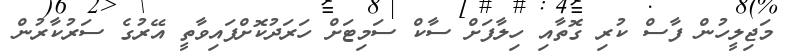
މަޖިލީހުން ފާސް ކުރި ގޮތާއި ހިލާފަށް ސާކް ސަމިޓަށް ހަރަދުކޮށްފައިވާތީ އޭރުގެ ސަރުކާރުން